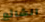
الشائع